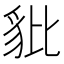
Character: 豼